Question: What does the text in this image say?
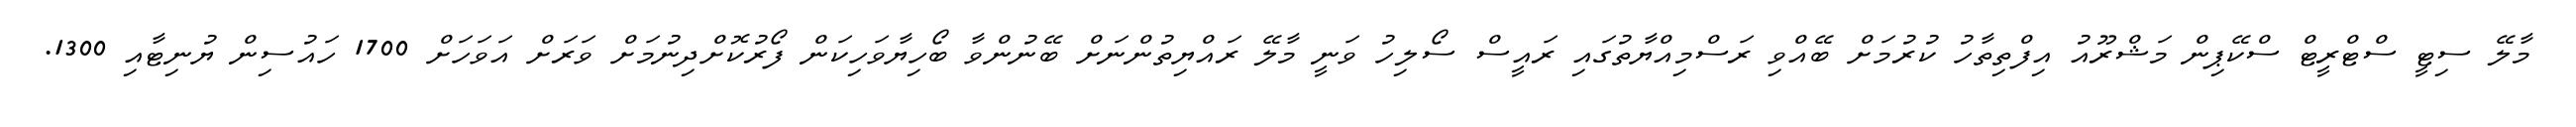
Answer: މާލޭ ސިޓީ ސްޓްރީޓް ސްކޭޕިން މަޝްރޫއު އިފްތިތާހު ކުރުމަށް ބޭއްވި ރަސްމިއްޔާތުގައި ރައީސް ސޯލިހު ވަނީ މާލޭ ރައްޔިތުންނަށް ބޭނުންވާ ބޯހިޔާވަހިކަން ފޯރުކޮށްދިނުމަށް ވަރަށް އަވަހަށް 1700 ހައުސިން ޔުނިޓާއި 1300.